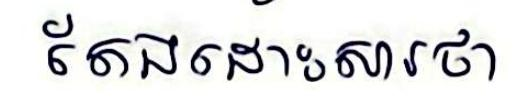
តែងដោះសារថា